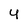
Character: 4